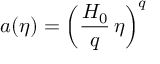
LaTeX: a ( \eta ) = \left( \frac { H _ { 0 } } { q } \, \eta \right) ^ { q }